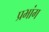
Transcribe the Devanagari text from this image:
प्रभांग